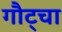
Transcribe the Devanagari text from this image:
गौट्चा